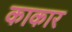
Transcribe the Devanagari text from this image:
काकार